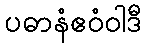
ပဓာနံဧဝံဝါဒီ